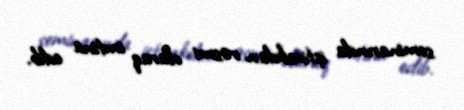
seminarında iştirakdan rəsmi olaraq imtina edib.